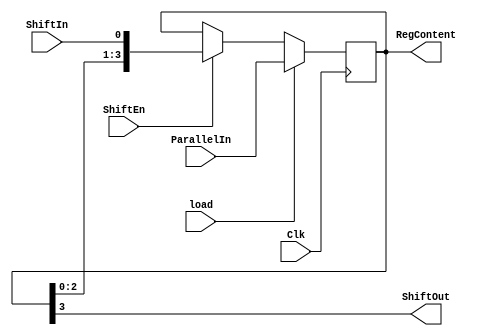
module Parallel_in_serial_out_load_enable_behavior(
    input Clk,
    input ShiftIn,
    input [3:0]ParallelIn,
    input load,
    input ShiftEn,
    output ShiftOut,
    output [3:0] RegContent
    );

    reg [3:0] shift_reg; 
    always @(posedge Clk)
       if(load)
          shift_reg <= ParallelIn;
       else if (ShiftEn)
          shift_reg <= {shift_reg[2:0], ShiftIn};
    assign ShiftOut = shift_reg[3];
    assign RegContent = shift_reg;
    
endmodule